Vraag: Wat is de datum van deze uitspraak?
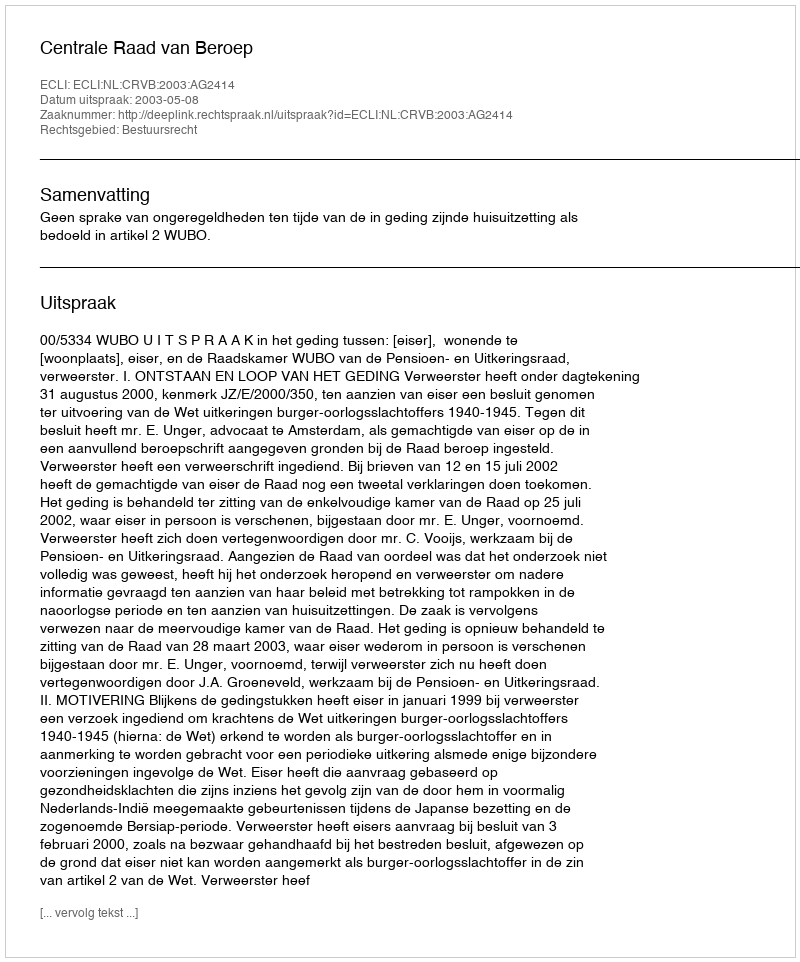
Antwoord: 2003-05-08